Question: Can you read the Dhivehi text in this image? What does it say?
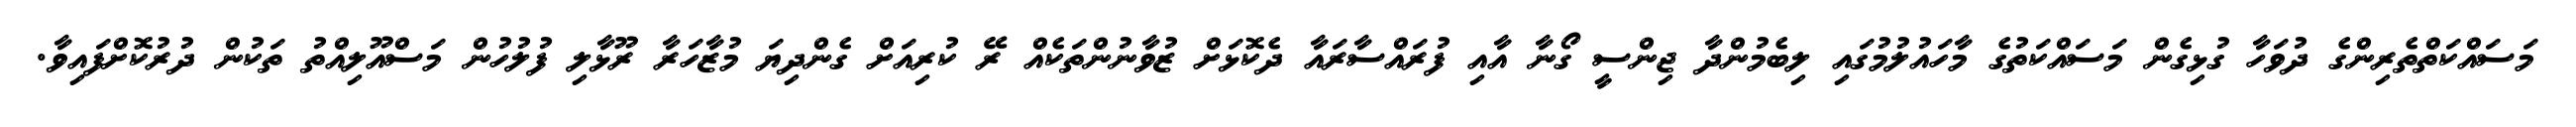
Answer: މަސައްކަތްތެރިންގެ ދުވަހާ ގުޅިގެން މަސައްކަތުގެ މާހައުލުމުގައި ލިބެމުންދާ ޖިންސީ ގޯނާ އާއި ފުރައްސާރައާ ދެކޮޅަށް ޒުވާނުންތަކެއް ރޭ ކުރިއަށް ގެންދިޔަ މުޒާހަރާ ރޫޅާލި ފުލުހުން މަސްއޫލިއްތު ތަކުން ދުރުކޮށްފައިވާ.